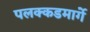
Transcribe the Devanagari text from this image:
पलक्कडमार्गे